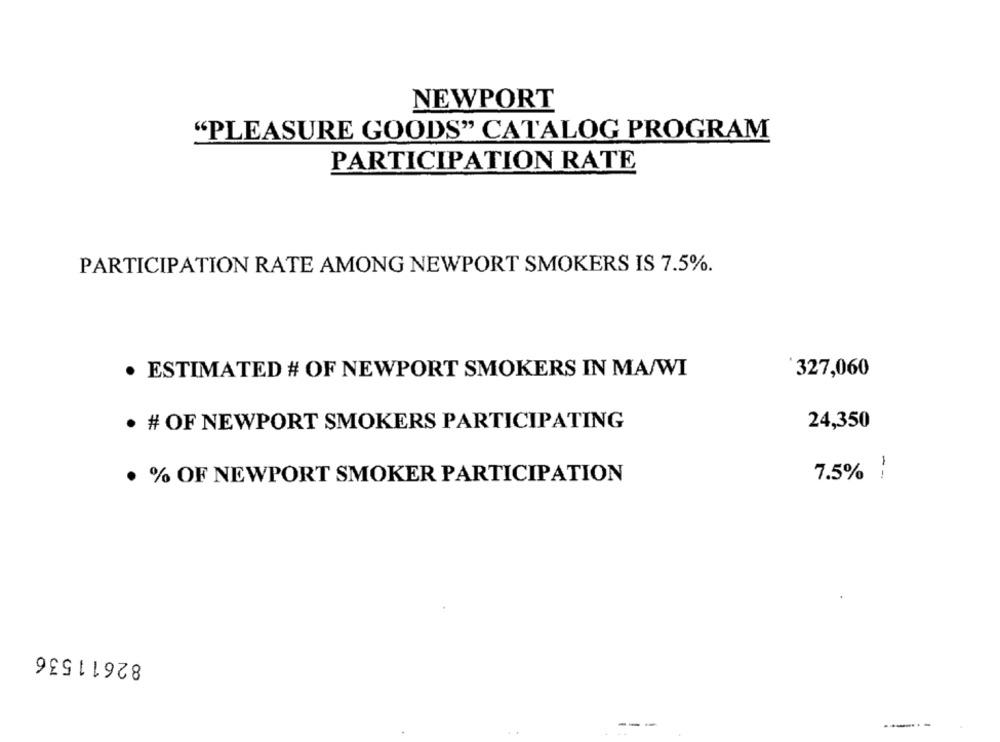
NEWPORT
"PLEASURE GOODS" CATALOG PROGRAM
PARTICIPATION RATE
PARTICIPATION RATE AMONG NEWPORT SMOKERS IS 7.5%.
ESTIMATED # OF NEWPORT SMOKERS IN MA/WI
327,060
· # OF NEWPORT SMOKERS PARTICIPATING
24,350
· % OF NEWPORT SMOKER PARTICIPATION
7.5% !
82611536
--
-------